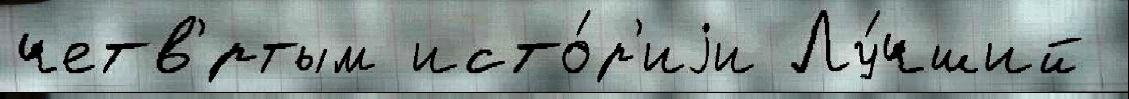
четв'́ртым исто́р'иjи Лу́чший